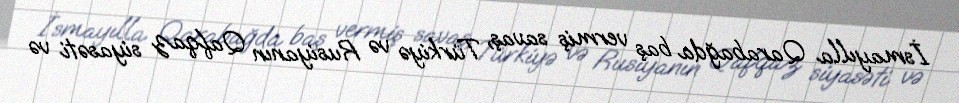
İsmayılla Qarabağda baş vermiş savaş, Türkiyə və Rusiyanın Qafqaz siyasəti və